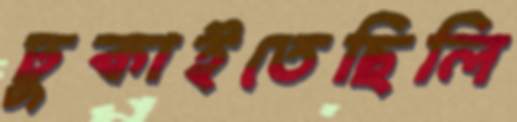
ঢুকাইতেছিলি